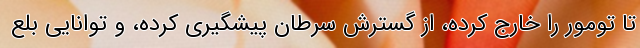
تا تومور را خارج کرده، از گسترش سرطان پیشگیری کرده، و توانایی بلع